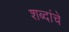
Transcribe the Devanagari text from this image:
शब्दांंचे